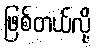
ဖြစ်တယ်လို့